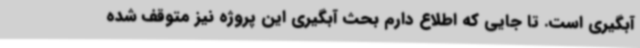
آبگیری است. تا جایی که اطلاع دارم بحث آبگیری این پروژه نیز متوقف شده